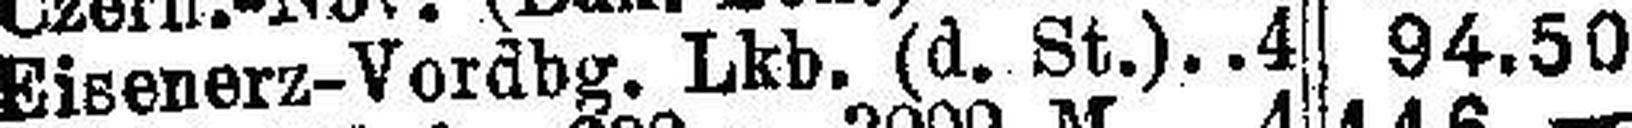
Eisenerz-Vordbg. Lkb. (d. St.).4